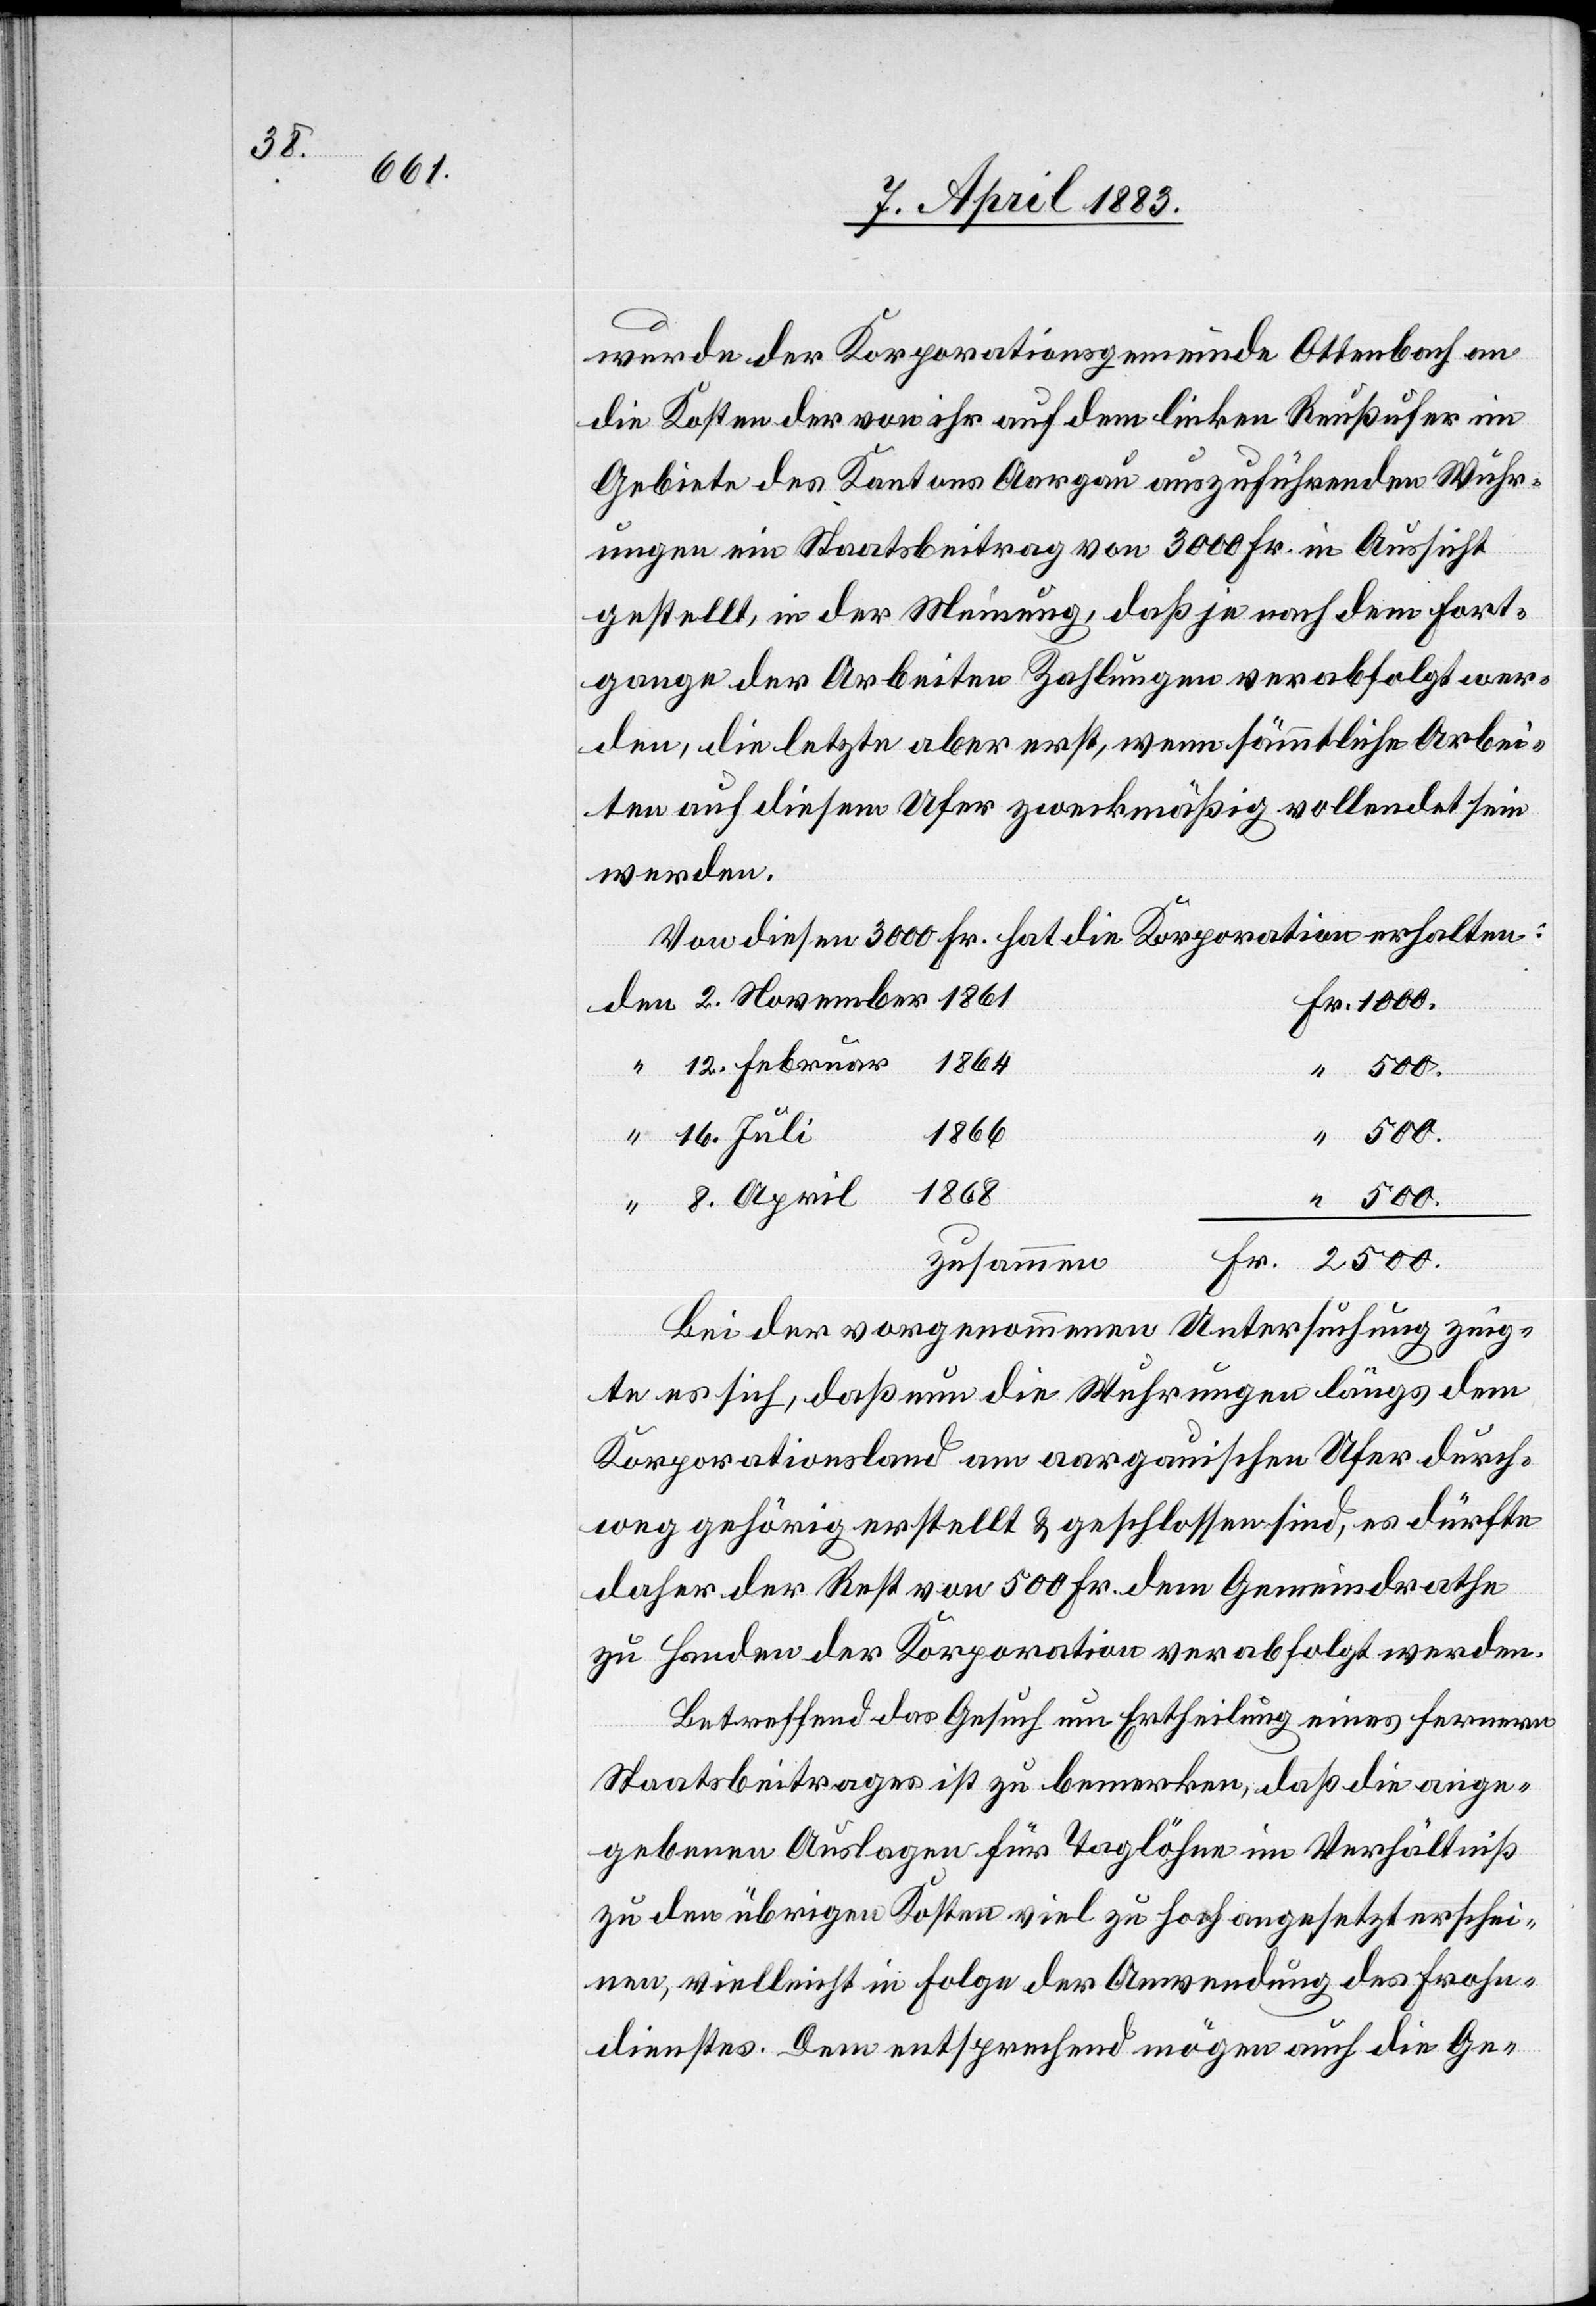
wurde der Korporationsgemeinde Ottenbach an
die Kosten der von ihr auf dem linken Reußufer im
Gebiete des Kantons Aargau auszuführenden Wuhr¬
ungen ein Staatsbeitrag von 3000 Fr. in Aussicht
gestellt, in der Meinung, daß je nach dem Fort¬
gange der Arbeiten Zahlungen verabfolgt wer¬
den, die letzte aber erst, wenn sämmtliche Arbei¬
ten auf diesem Ufer zweckmäßig vollendet sein
werden.
Von diesen 3000 Fr. hat die Korporation erhalten:
1864
12. Februar
500.
1866
16. Juli
1868
zusammen
Fr.
Bei der vorgenommenen Untersuchung zeig¬
te es sich, daß nun die Wuhrungen längs dem
Korporationsland am aargauischen Ufer durch¬
weg gehörig erstellt & geschlossen sind, es dürfte
daher der Rest von 500 Fr. dem Gemeindrathe
zu Handen der Korporation verabfolgt werden.
Betreffend das Gesuch um Ertheilung eines ferneren
Staatsbeitrages ist zu bemerken, daß die ange¬
gebenen Auslagen für Taglöhne im Verhältniß
zu den übrigen Kosten viel zu hoch angesetzt erschei¬
nen, vielleicht in Folge der Anwendung des Frohe¬
dienstes. Dem entsprechend mögen auch die Ge-